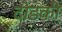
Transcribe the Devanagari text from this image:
दोडकी